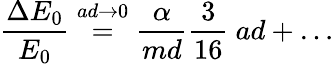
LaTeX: {\frac{\Delta E_{0}}{E_{0}}}\stackrel{ad\to 0}{=}{\frac{\alpha}{md}}{\frac{3}{16}}\ {ad}+\ldots